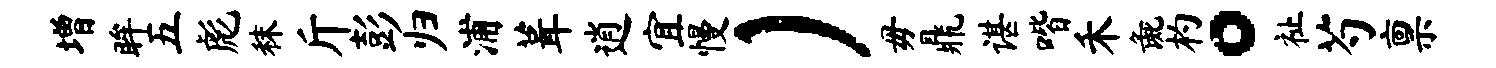
增眸五彪秣斤彭归浦葺逍宜慢）毋鼎谌喈禾彘杓。祉芍禀